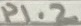
Text: P1.2